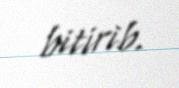
bitirib.